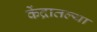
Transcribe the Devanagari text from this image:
केंद्रातल्या